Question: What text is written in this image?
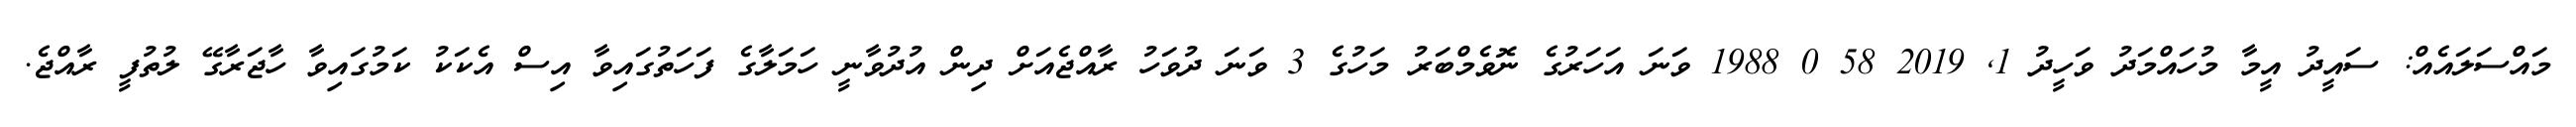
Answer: މައްސަލައެއް: ސައީދު އީމާ މުހައްމަދު ވަހީދު 1, 2019 58 0 1988 ވަނަ އަހަރުގެ ނޮވެމްބަރު މަހުގެ 3 ވަނަ ދުވަހު ރާއްޖެއަށް ދިން އުދުވާނީ ހަމަލާގެ ފަހަތުގައިވާ އިސް އެކަކު ކަމުގައިވާ ހާޖަރާގޭ ލުތުފީ ރާއްޖެ.